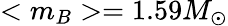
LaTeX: <m_{B}>=1.59M_{\odot}